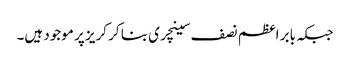
جبکہ بابر اعظم نصف سینچری بنا کر کریز پر موجود ہیں۔